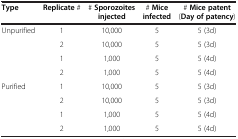
<table><thead><tr><td><b>Type</b></td><td><b>Replicate #</b></td><td><b># Sporozoites injected</b></td><td><b># Mice infected</b></td><td><b># Mice patent (Day of patency)</b></td></tr></thead><tbody><tr><td>Unpurified</td><td>1</td><td>10,000</td><td>5</td><td>5 (3d)</td></tr><tr><td> </td><td>2</td><td>10,000</td><td>5</td><td>5 (3d)</td></tr><tr><td> </td><td>1</td><td>1,000</td><td>5</td><td>5 (4d)</td></tr><tr><td> </td><td>2</td><td>1,000</td><td>5</td><td>5 (4d)</td></tr><tr><td>Purified</td><td>1</td><td>10,000</td><td>5</td><td>5 (3d)</td></tr><tr><td> </td><td>2</td><td>10,000</td><td>5</td><td>5 (3d)</td></tr><tr><td> </td><td>1</td><td>1,000</td><td>5</td><td>5 (4d)</td></tr><tr><td> </td><td>2</td><td>1,000</td><td>5</td><td>5 (4d)</td></tr></tbody></table>